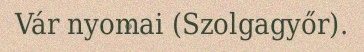
Vár nyomai (Szolgagyőr).